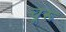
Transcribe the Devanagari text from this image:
चू़रू